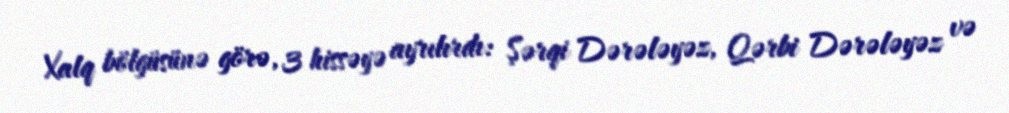
Xalq bölgüsünə görə, 3 hissəyə ayrılırdı: Şərqi Dərələyəz, Qərbi Dərələyəz və